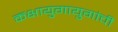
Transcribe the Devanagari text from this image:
कक्षायुगायुगांची